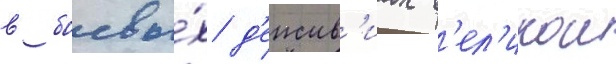
в боевы́х д'еиств'иах в'ел'икои